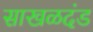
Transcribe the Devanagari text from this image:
साखळदंड